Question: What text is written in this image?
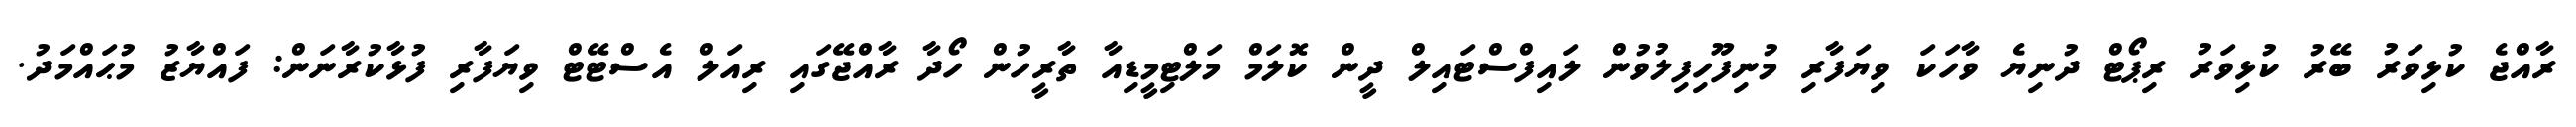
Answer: ރާއްޖެ ކުޅިވަރު ބޭރު ކުޅިވަރު ރިޕޯޓް ދުނިޔެ ވާހަކަ ވިޔަފާރި މުނިފޫހިފިލުވުން ލައިފްސްޓައިލް ދީން ކޮލަމް މަލްޓިމީޑިއާ ތާރީހުން ހޯދާ ރާއްޖޭގައި ރިއަލް އެސްޓޭޓް ވިޔަފާރި ފުޅާކުރާނަން: ފައްޔާޒު މުޙައްމަދު.